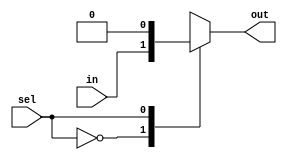
module demux(input wire in, input wire sel, output wire out);

    always @(*) begin
        case(sel)
            2'b00: out = in;
            2'b01: out = 1'b0;
            2'b10: out = 1'b1;
            2'b11: out = in;
            default: out = 1'bx; // undefined
        endcase
    end

endmodule